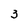
Character: 3